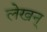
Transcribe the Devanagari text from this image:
लेखन्